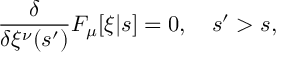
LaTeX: \frac { \delta } { \delta \xi ^ { \nu } ( s ^ { \prime } ) } F _ { \mu } [ \xi | s ] = 0 , \ \ \ s ^ { \prime } > s ,